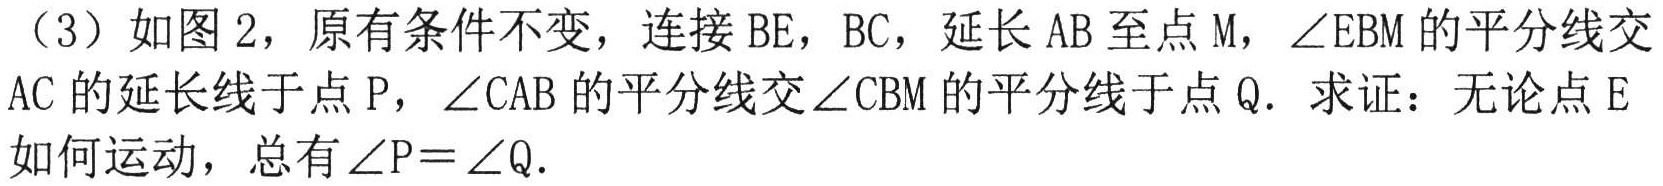
（3）如图2，原有条件不变，连接BE，BC，延长AB至点M，\(\angle EBM\)的平分线交AC的延长线于点P，\(\angle CAB\)的平分线交\(\angle CBM\)的平分线于点Q. 求证：无论点E如何运动，总有\(\angle P = \angle Q\).